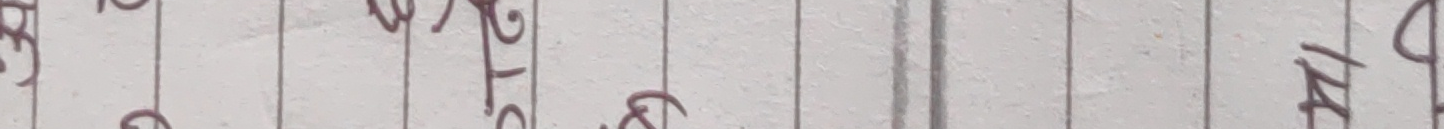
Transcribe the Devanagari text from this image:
२१२४१३